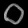
Digit: ၀